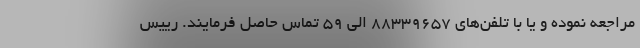
مراجعه نموده و یا با تلفن‌های ۸۸۳۳۹۶۵۷ الی ۵۹ تماس حاصل فرمایند. رییس